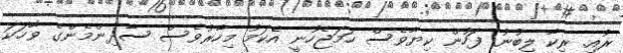
ރުއި. ރިކާ ލިބުނު ފަހުން ކިިޔާވެސް ހަމަޖެހުނީ އެކަމު މިހާރުވެސް ސާދިންމެންގެ ވާހަކަ